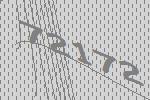
72172